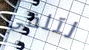
لتلقي